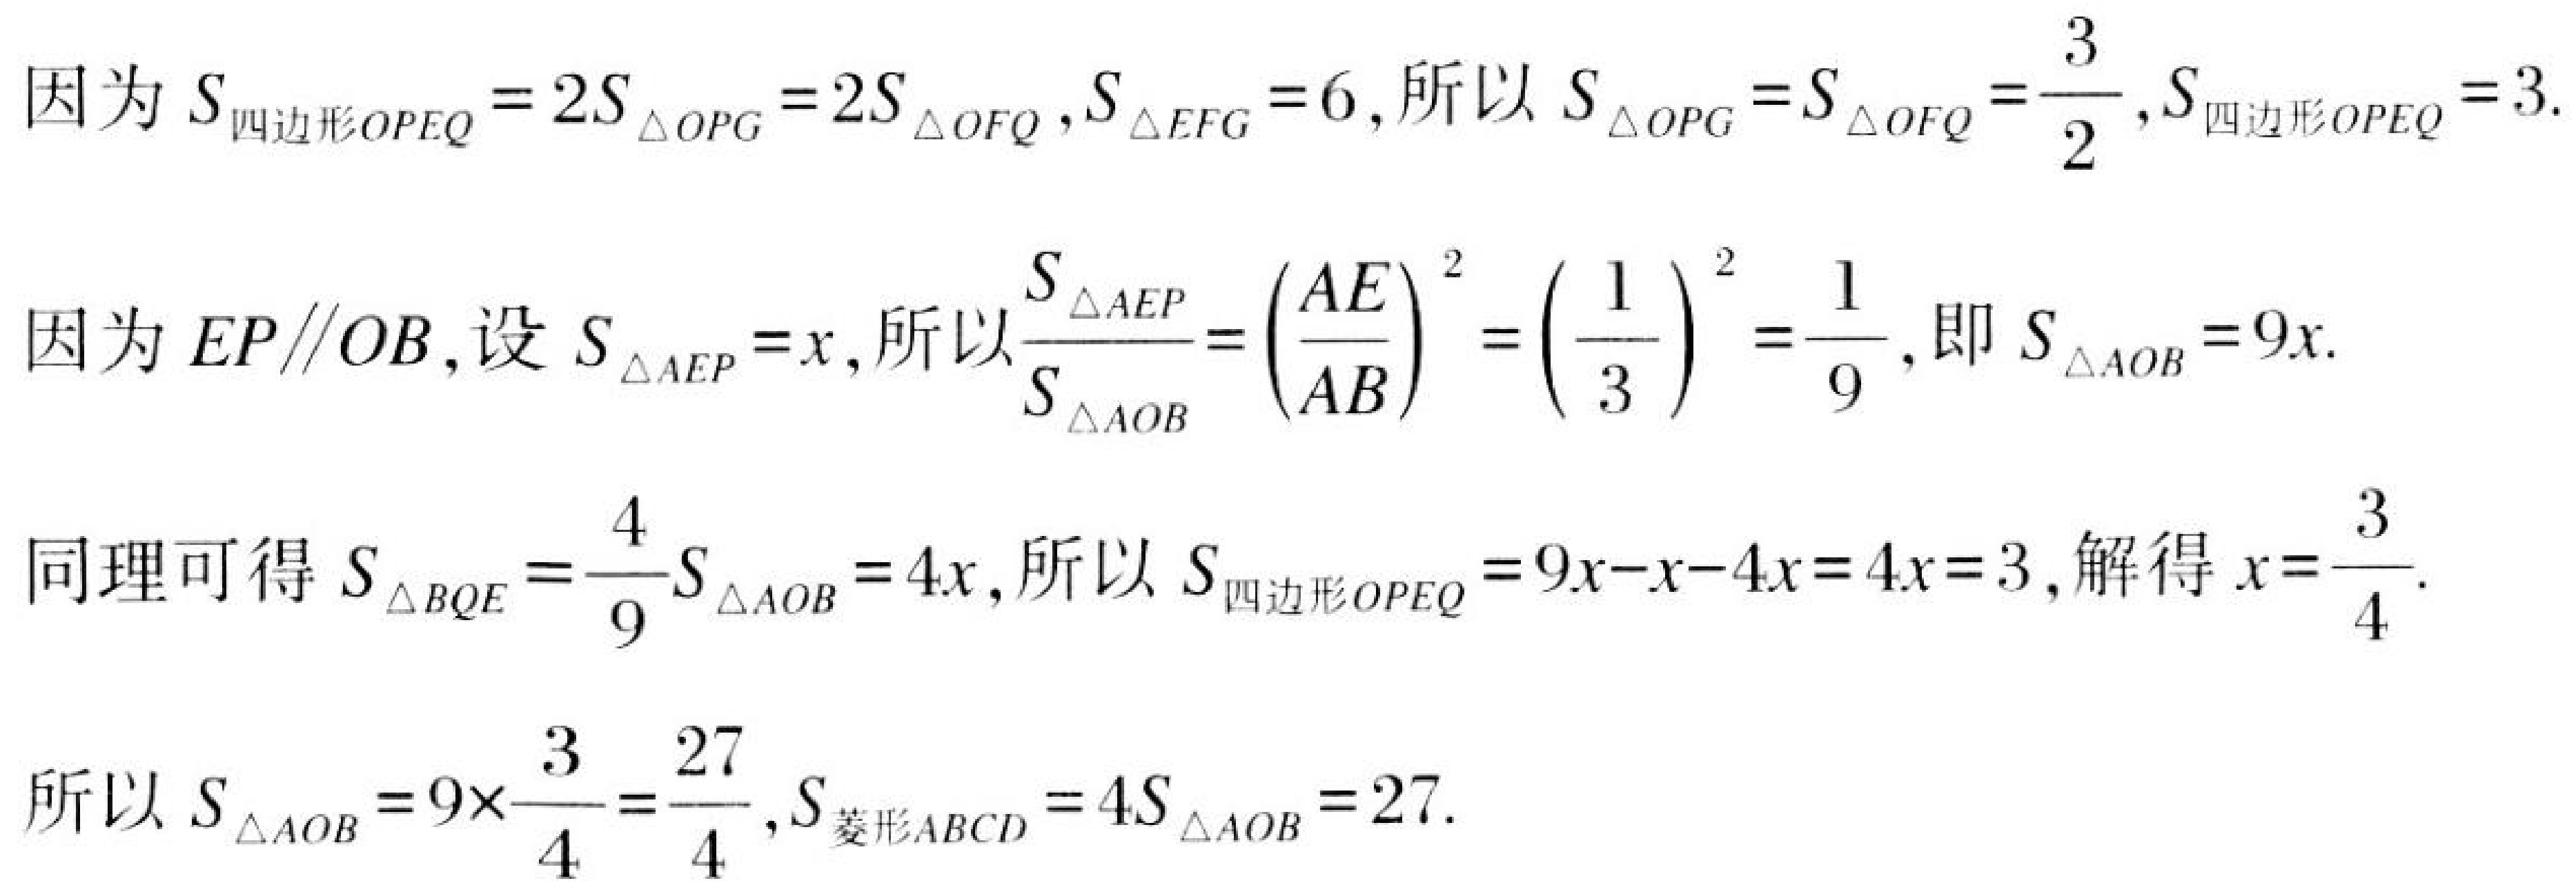
因为 \(S_{四边形OPEQ}=2S_{\triangle OPG}=2S_{\triangle OFQ},S_{\triangle EFG}=6\)，所以 \(S_{\triangle OPG}=S_{\triangle OFQ}=\dfrac{3}{2},S_{四边形OPEQ}=3\).
因为 \(EP \parallel OB\)，设 \(S_{\triangle AEP}=x\)，所以 \(\dfrac{S_{\triangle AEP}}{S_{\triangle AOB}}=\left(\dfrac{AE}{AB}\right)^{2}=\left(\dfrac{1}{3}\right)^{2}=\dfrac{1}{9}\)，即 \(S_{\triangle AOB}=9x\).
同理可得 \(S_{\triangle BQE}=\dfrac{4}{9}S_{\triangle AOB}=4x\)，所以 \(S_{四边形OPEQ}=9x - x - 4x=4x = 3\)，解得 \(x=\dfrac{3}{4}\).
所以 \(S_{\triangle AOB}=9\times\dfrac{3}{4}=\dfrac{27}{4},S_{菱形ABCD}=4S_{\triangle AOB}=27\).